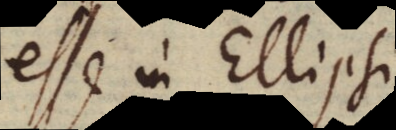
esse in Ellipsi,